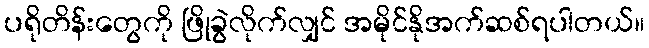
ပရိုတိန်းတွေကို ဖြိုခွဲလိုက်လျှင် အမိုင်နိုအက်ဆစ်ရပါတယ်။